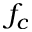
f _ { c }